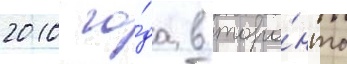
2010 го́да в торо́нто